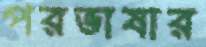
পরভাষার